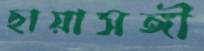
ছায়াসঙ্গী